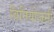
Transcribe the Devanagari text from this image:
विनियोजनी